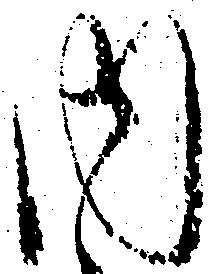
内